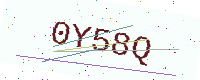
Text: 0Y58Q